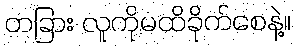
တခြား လူကိုမထိခိုက်စေနဲ့။